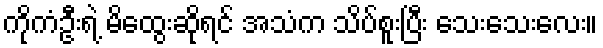
ကိုကံဦးရဲ့ မိထွေးဆိုရင် အသံက သိပ်စူးပြီး သေးသေးလေး။